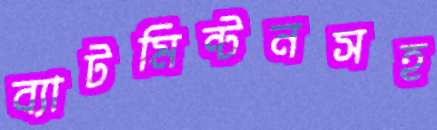
ব্যাটমিন্টনসহ